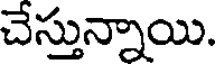
చేస్తున్నాయి.